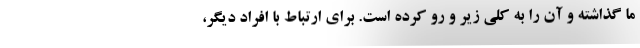
ما گذاشته و آن را به کلی زیر و رو کرده است. برای ارتباط با افراد دیگر،